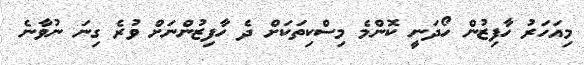
މިއަހަރު ހާފިޒުން ހޯދަނީ ކޮންމެ މިސްކިތަކަށް ދެ ހާފިޒުންނަށް ވުރެ ގިނަ ނުވާނެ